Leaving Certificate Examination, 1925
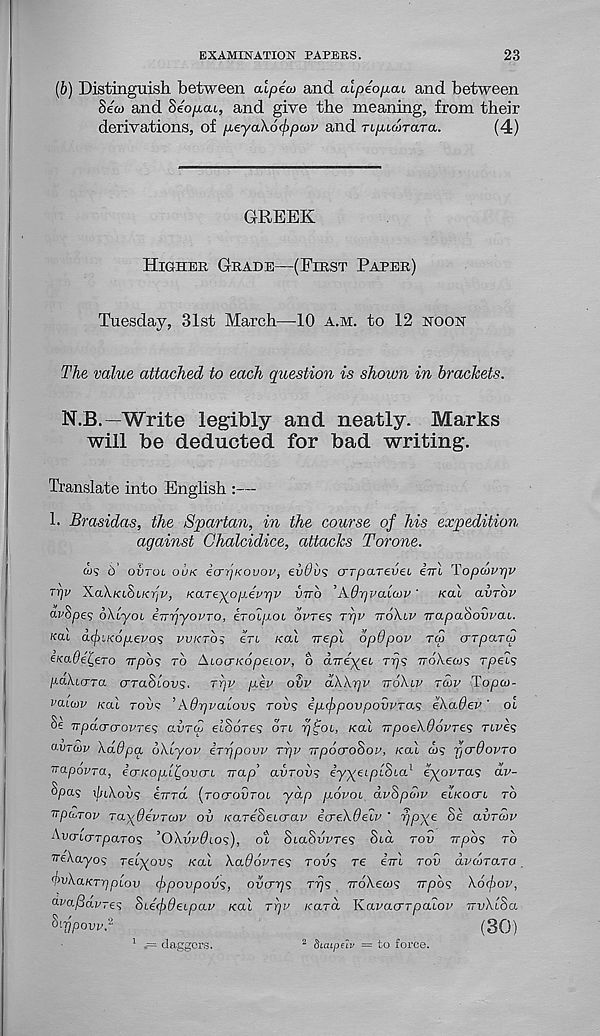
EXAMINATION PAPERS.
23
(b) Distinguish between aipeco and aipeopcu and between
Sew and Seo/xai, and give the meaning, from their
derivations, of pLeyaXo^pcov and ri/nwrara.
(4)
GREEK
HIGHER GRADE—(FIRST PAPER)
Tuesday, 31st March—-10 A.M. to 12 NOON
The value attached to each question is shown in brackets.
N.B.—Write legibly and neatly. Marks
will be deducted for bad writing.
Translate into English :—
!• Brasidas, the Spartan, in the course of his expedition
against Chalcidice, attacks Torone.
w? b' ot>Toi OUK IcrpKOvov, evdus crTparevei iul Topdwqv
Tfjv XaX./ctSi./er)z/, /eareyo/xeT^i' VTTO ’Adrjvalcov' /cal avrbv
CLv$pe<; bXiyoi inriyovro, eToipob bvres Trjv TTOXLV TrapaSowai.
/cat afiKogevos VVKTO^ ert /cat irept opOpov rw <npaT<fi
e/cade^ero Trpos TO Atocr/copetop, o direyei Trj 1 ; noXeais rpel’;
ftaXtcrra crraStoas.
rrjv pev ovv dWrjV TTOXLV TCOV Topw-
vaiwv /cat TOVS ’Adr/valov; roiis ip(f>povpovvTa<i ekadev' oi
§e TrpdcrcrovTes avT(Z etSores oVt rj^oi, /cat TTpoekOovres TLVES
OVTUV Xddptx dkiyov iTTjpovv TTjv irpocroBoi’, /cat ws fjCrdovTO
vapovTa, eaicopl^ovaL Trap avrovs e’yyetptSta 1 eyo/^ra? dv-
§pa? xfukovs ivTcl (TOCTOVTOI, ydp povob dvSpdiv et/cocrt TO
Trpdrov Ta^Oevrcov oi) KaTeSebcrav icrekOeiv ' rjpx e Se avTuv
Ai)(Ttcrrparos ’OAvr^ios), ot StaSupre? Std TOV Trpo? TO
irekayos retyovs /cat Xctdovres TOPS re irrl TOV dvcoraro
TivXaKTppbov fpovpov's, ovcrps rrjs iroAews Ttpo? Xofov,
a^a/lapres Stefdetpav /cal T/)P /card Kapacrrpatop TTvXiSa
^-Vpovv.f
(30)
1 •= daggers.
2 biaipelv = to force.